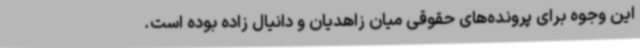
این وجوه برای پرونده‌های حقوقی میان زاهدیان و دانیال زاده بوده است.